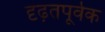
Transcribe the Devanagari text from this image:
दृढ़तपूर्वक